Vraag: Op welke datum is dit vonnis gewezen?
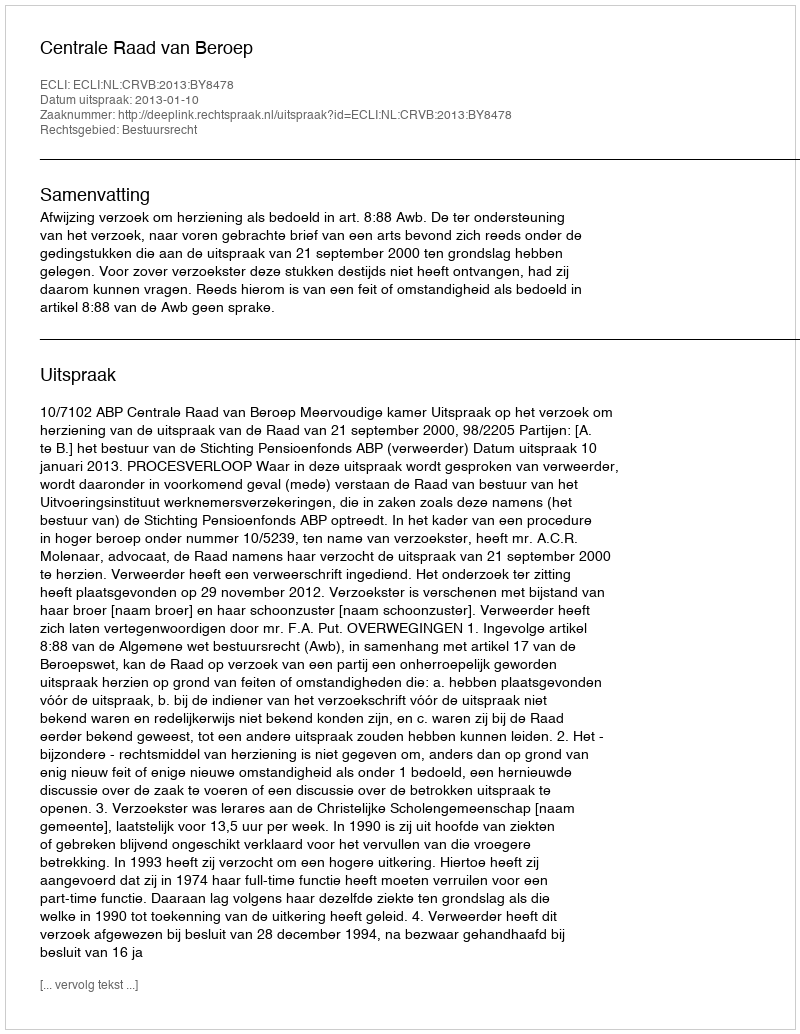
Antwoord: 2013-01-10